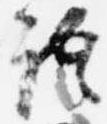
語